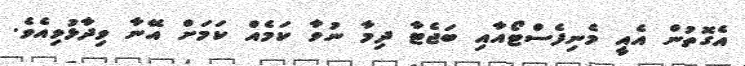
އެގޮތުން އެއީ މެނިފެސްޓޯއާއި ބަޖެޓާ ދިމާ ނުވާ ކަމެއް ކަމަށް އޭނާ ވިދާޅުވިއެވެ.